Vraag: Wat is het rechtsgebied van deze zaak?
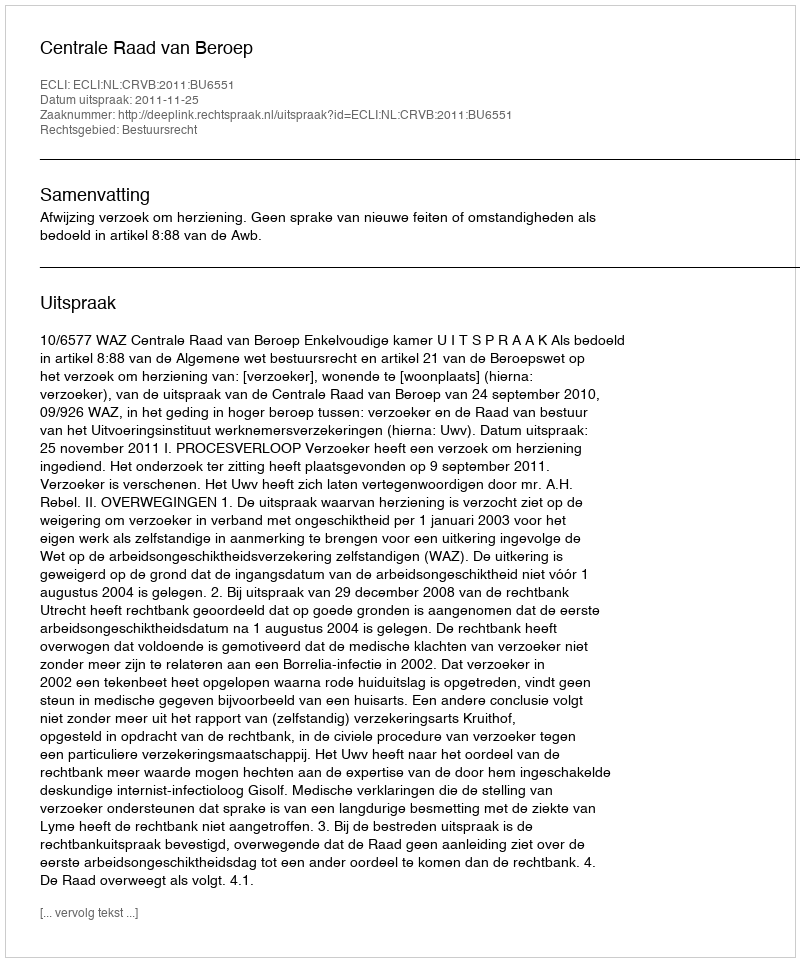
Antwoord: Bestuursrecht